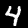
Digit: 4